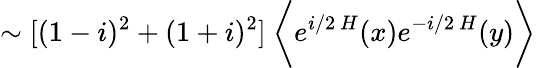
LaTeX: \sim[(1-i)^{2}+(1+i)^{2}]\ \biggl\langle e^{i/2\ H}(x)e^{-i/2\ H}(y)\biggl\rangle